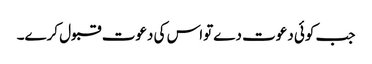
جب کوئی دعوت دےتواس کی دعوت قبول کرے۔